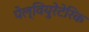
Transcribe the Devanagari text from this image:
पेल्वियुरेटेरिक